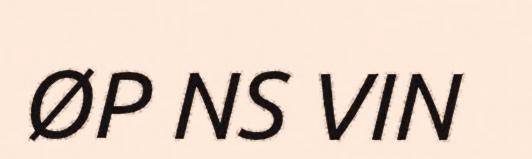
ØP NS VIN